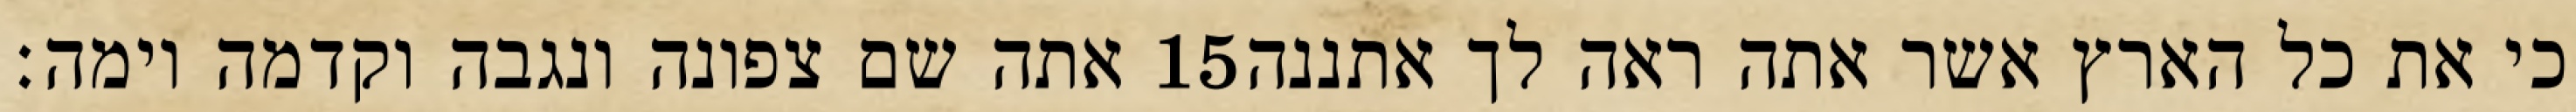
אתה שם צפונה ונגבה וקדמה וימה׃ ‎15‏ כי את כל הארץ אשר אתה ראה לך אתננה